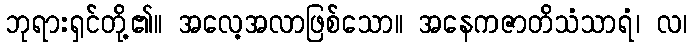
ဘုရားရှင်တို့၏။ အလေ့အလာဖြစ်သော။ အနေကဇာတိသံသာရံ၊ လ၊